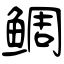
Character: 鲷